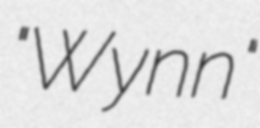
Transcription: "Wynn"